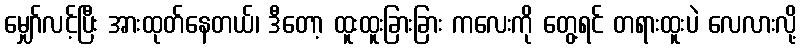
မျှော်လင့်ပြီး အားထုတ်နေတယ်၊ ဒီတော့ ထူးထူးခြားခြား ကလေးကို တွေ့ရင် တရားထူးပဲ လေလားလို့